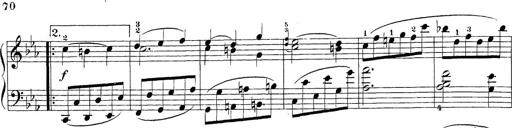
Title: Sonatina Album
Composer: Louis KÃ¶hler